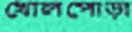
খোলপোড়া